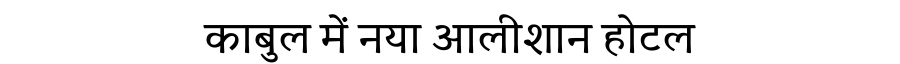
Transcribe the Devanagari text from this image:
काबुल में नया आलीशान होटल